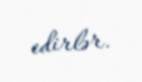
edirlər.